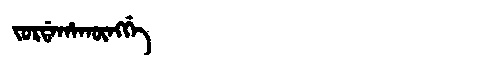
Manchu: ᠵᠣᡵᡩᠠᡥᠠᡴᡡᠩᡤᡝ
Romanization: JORDAHAKŪNGGE